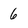
Character: 6